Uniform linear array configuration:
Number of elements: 48
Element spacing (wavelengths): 1
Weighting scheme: uniform
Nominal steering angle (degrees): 45
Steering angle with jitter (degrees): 45.959
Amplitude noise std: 0.05
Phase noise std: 0.05

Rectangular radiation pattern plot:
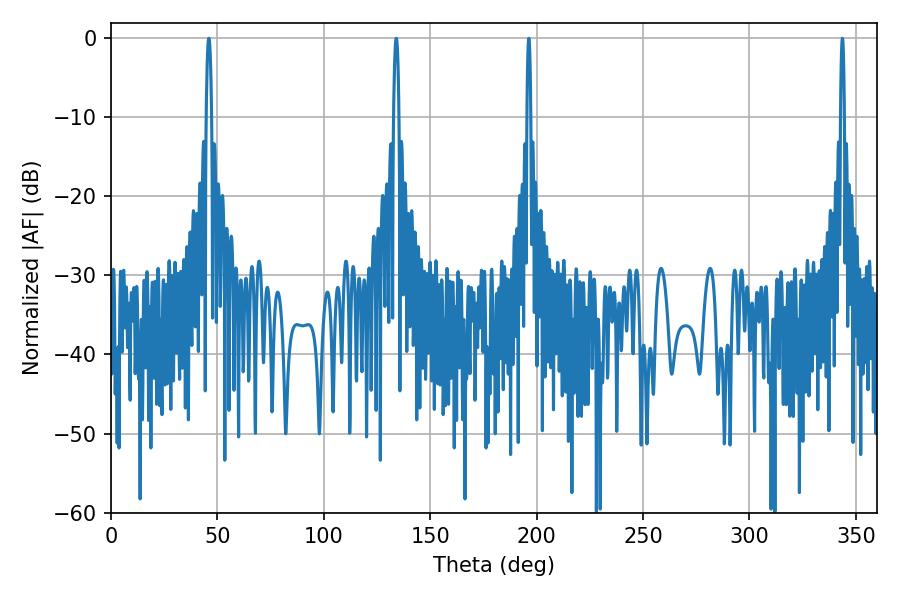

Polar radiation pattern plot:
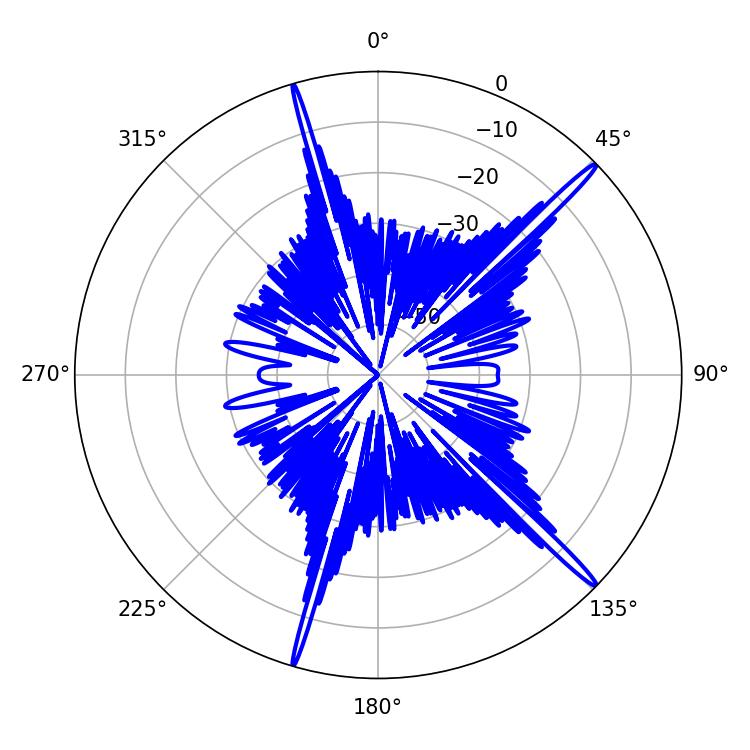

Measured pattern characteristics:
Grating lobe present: TRUE
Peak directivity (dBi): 18.149
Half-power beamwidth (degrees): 1.26
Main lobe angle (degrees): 45.9